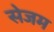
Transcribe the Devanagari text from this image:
सेजम